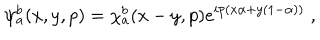
\psi _ { a } ^ { b } ( x , y , p ) = \chi _ { a } ^ { b } ( x - y , p ) e ^ { i p ( x \alpha + y ( 1 - \alpha ) ) } \; ,